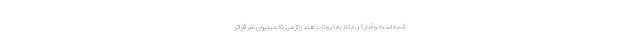
شده است و آمار کل ابتلا به کرونا در هند را از مرز ۱۵ میلیون نفر فراتر